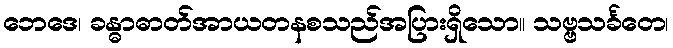
ဘေဒေ၊ ခန္ဓာဓာတ်အာယတနစသည်အပြားရှိသော။ သဗ္ဗသင်္ခတေ၊